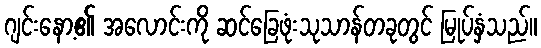
ဂျင်းနော့၏ အလောင်းကို ဆင်ခြေဖုံးသုသာန်တခုတွင် မြုပ်နှံသည်။